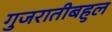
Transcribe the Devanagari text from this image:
गुजरातीबहुल